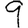
Digit: 9